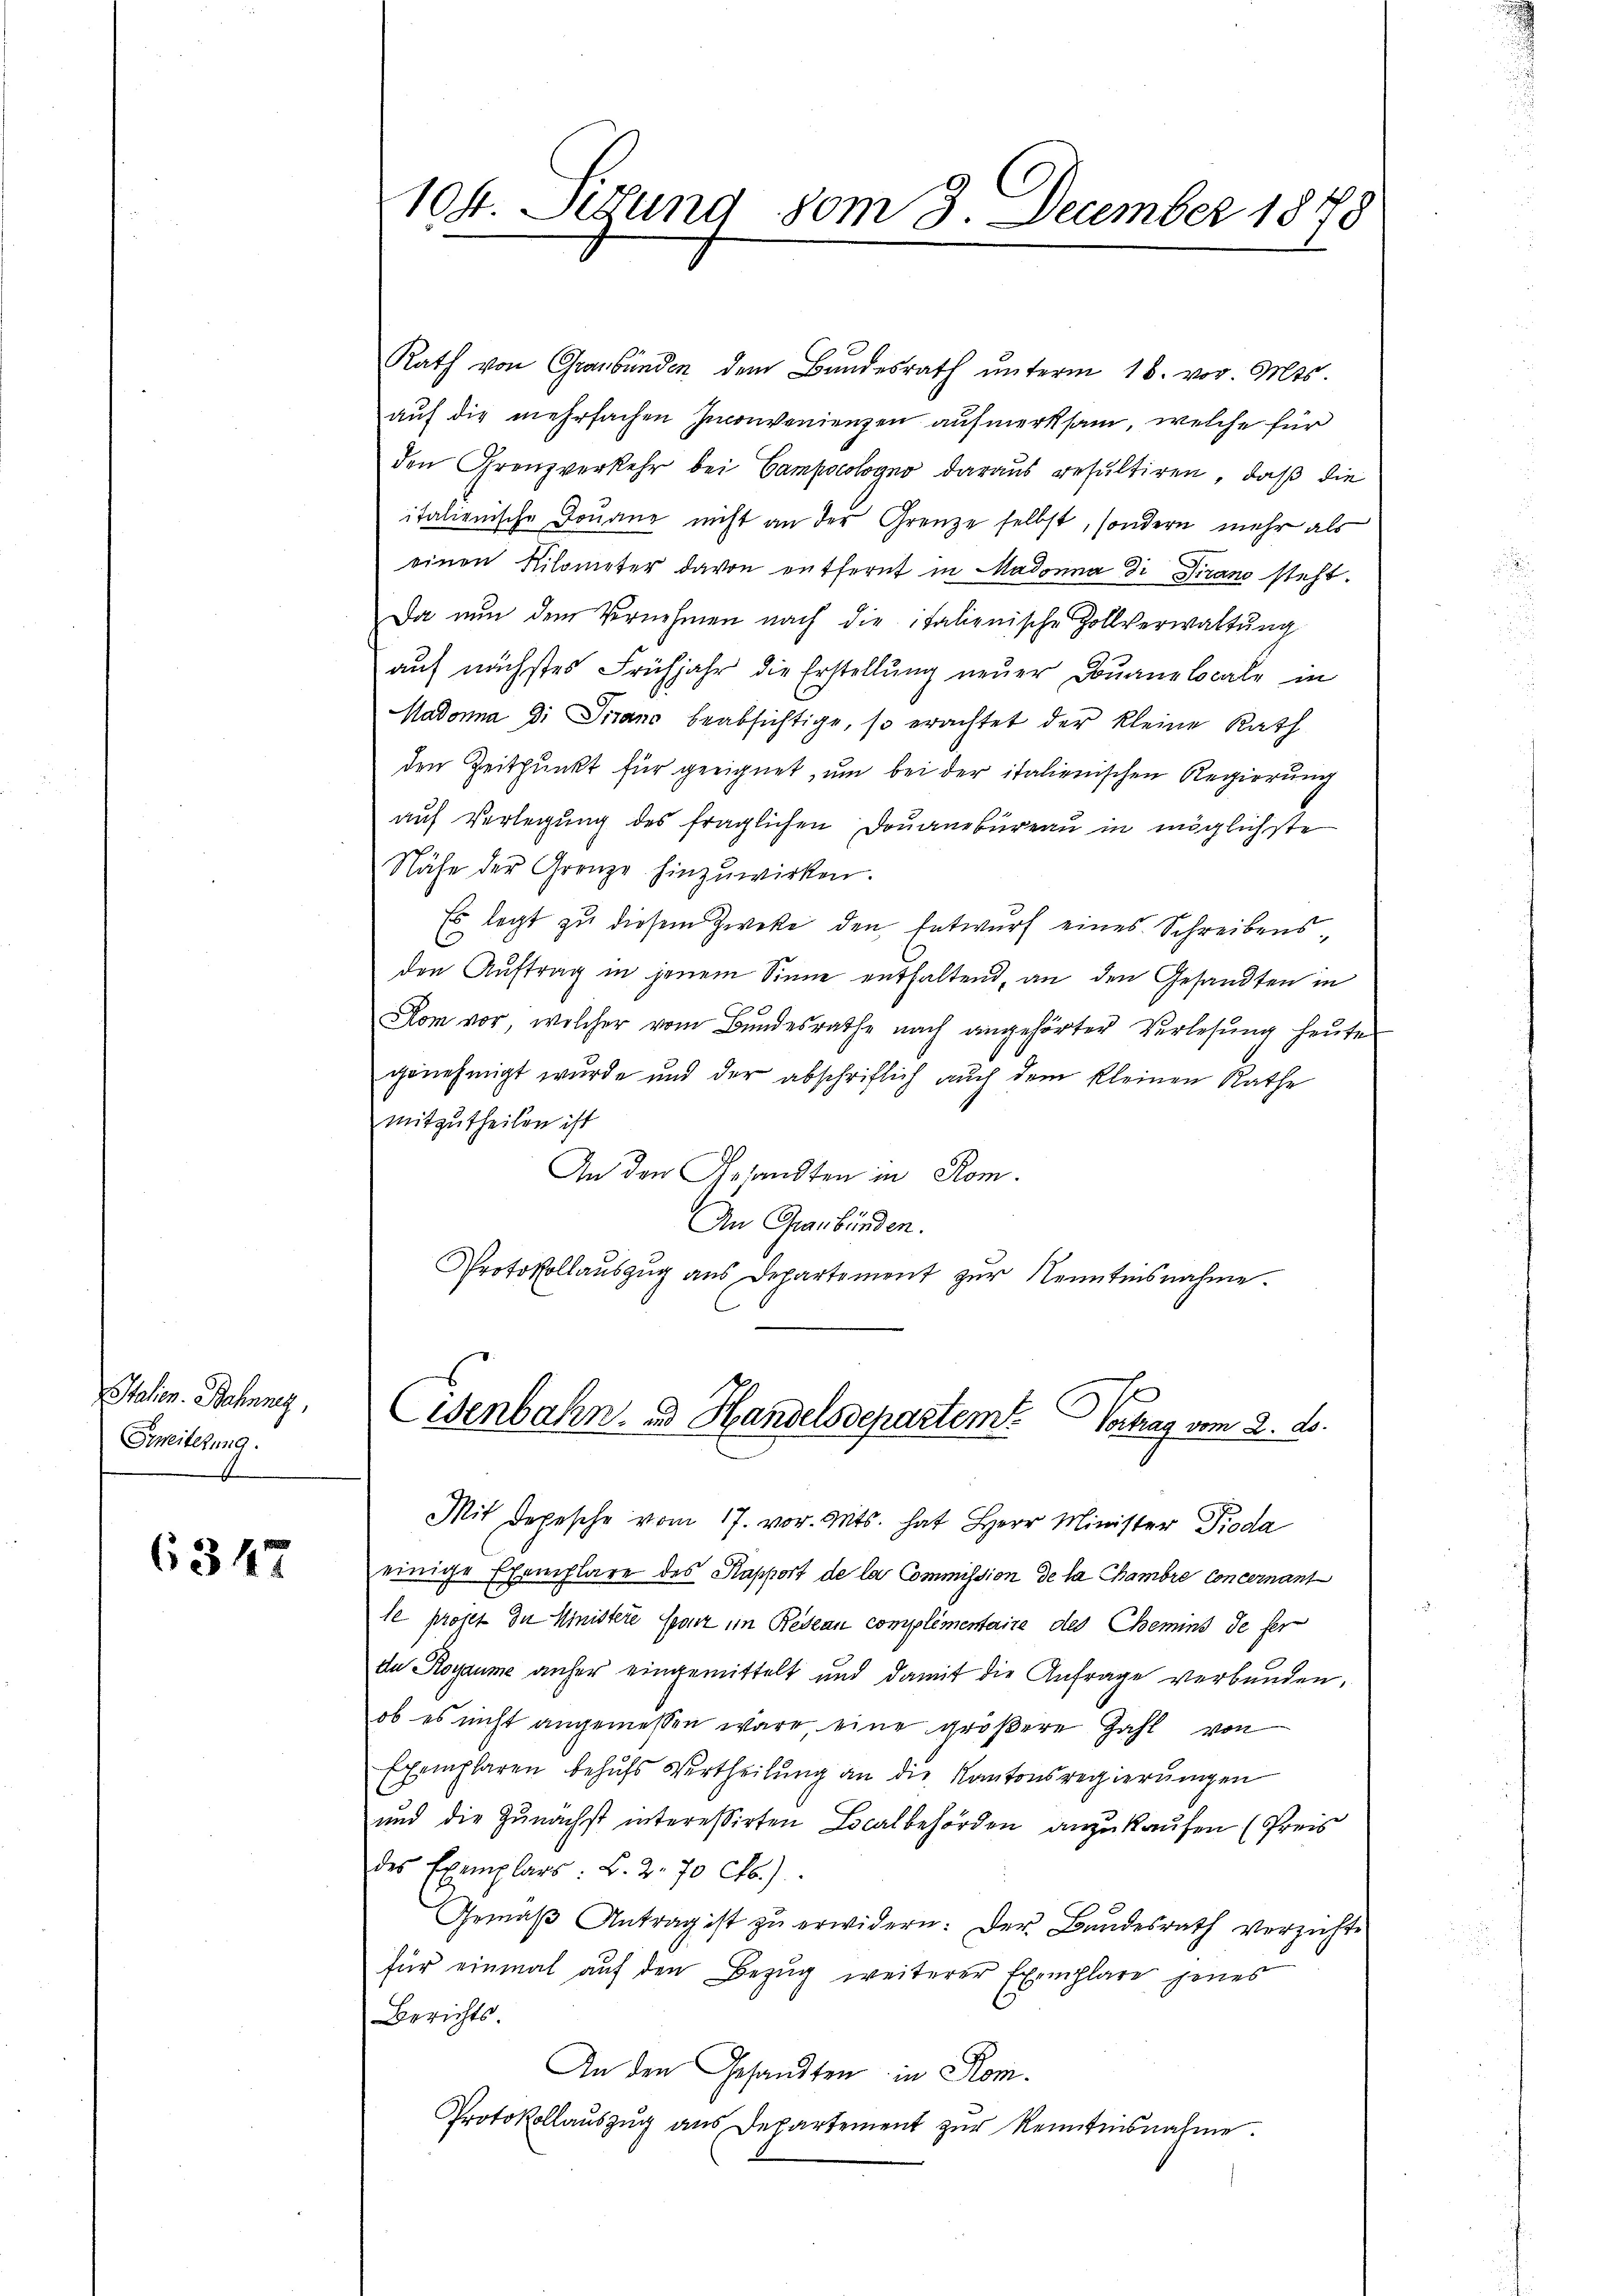
Italien. Bahnnez,
Grweiterung

6347

Rath von Graubünden dem Bŭndesrath ŭnterm 16. vor. Mts.
auf die mehrfachen Inconvenienzen aufmerksam, welche für
den Grenzverkehr bei Campoologno daraus resultiren, daß die
italienische Douane nicht an der Grenze selbst, sondern mehr als
einen Kilometer davon entfernt in Madonna di Pirano steht.
Da nun dem Vernehmen nach die italienische Zollverwaltung
auf nächstes Frühjahr die Erstellung neuer Douanelocale in
Madonna di Piano beabsichtige, so erachtet der kleine Rath
den Zeitpunkt für geeignet, um bei der italienischen Regierung
auf Verlegung des fraglichen Douanebureau in möglichste
Nähe der Grenze hinzuwirken.
Es legt zu diesem Zwecke den Entwurf eines Schreibensden Auftrag in jenem Sinne enthaltend, an den Gesandten in
Kom vor, welcher vom Bŭndesrathe nach angehörter Verlesung heŭte
genehmigt wurde und der abschriflich auch dem kleinen Rathe
mitzutheilen ist
An den Gesandten in Rom.
An Graubünden.
Protokollauszug aus Departement zur Kenntnisnahme.

104. Sitzung vom 3. December 1878

Eisenbahn- und Handelsdepartem Vortrag vom 2. ds.

Mit Depesche vom 17. vor. Mts. hat Herr Minister Pioda
einige Exemplare des Kapport de la Commission de la chambre Concernant
le projet in Ministere Grenz im Redean complimentaire des Chemins de fer
da Royaume anher eingemittelt und damit die Anfrage verbunden.
ob es nicht angemessen wäre, eine größere Zahl von
Exemplaren behufs Vertheilung an die Kantonsregierungen
und die Zunächst interessirten Localbehörden anzukaufen (Preis
des Exemplars: B. 2. 70 Cts.)
Gemäβ Antrag ist zŭ erwidern: Der Bundesrath verzichte
für einmal auf den Bezug weiterer Exemplare jenes
Berichts
An den Gesandten in Rom.
Protokollauszug aus Departement zur Kenntnisnahme.